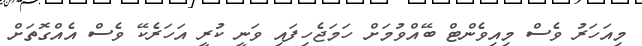
މިއަހަރު ވެސް މިއިވެންޓް ބޭއްވުމަށް ހަމަޖެހިފައި ވަނީ ކުރީ އަހަރެކޭ ވެސް އެއްގޮތަށް